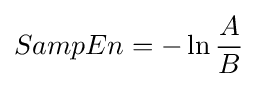
SampEn=-\ln {A \over B}